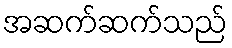
အဆက်ဆက်သည်